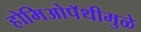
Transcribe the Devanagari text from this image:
होमिओपॅथीमुळे